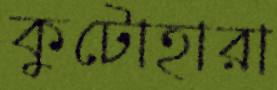
কুটোহারা